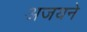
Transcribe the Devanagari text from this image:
अजयने